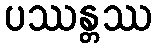
ပဿန္တဿ